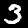
Label: 3